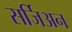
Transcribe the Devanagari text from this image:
सर्जिअन